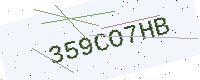
Text: 359CO7HB